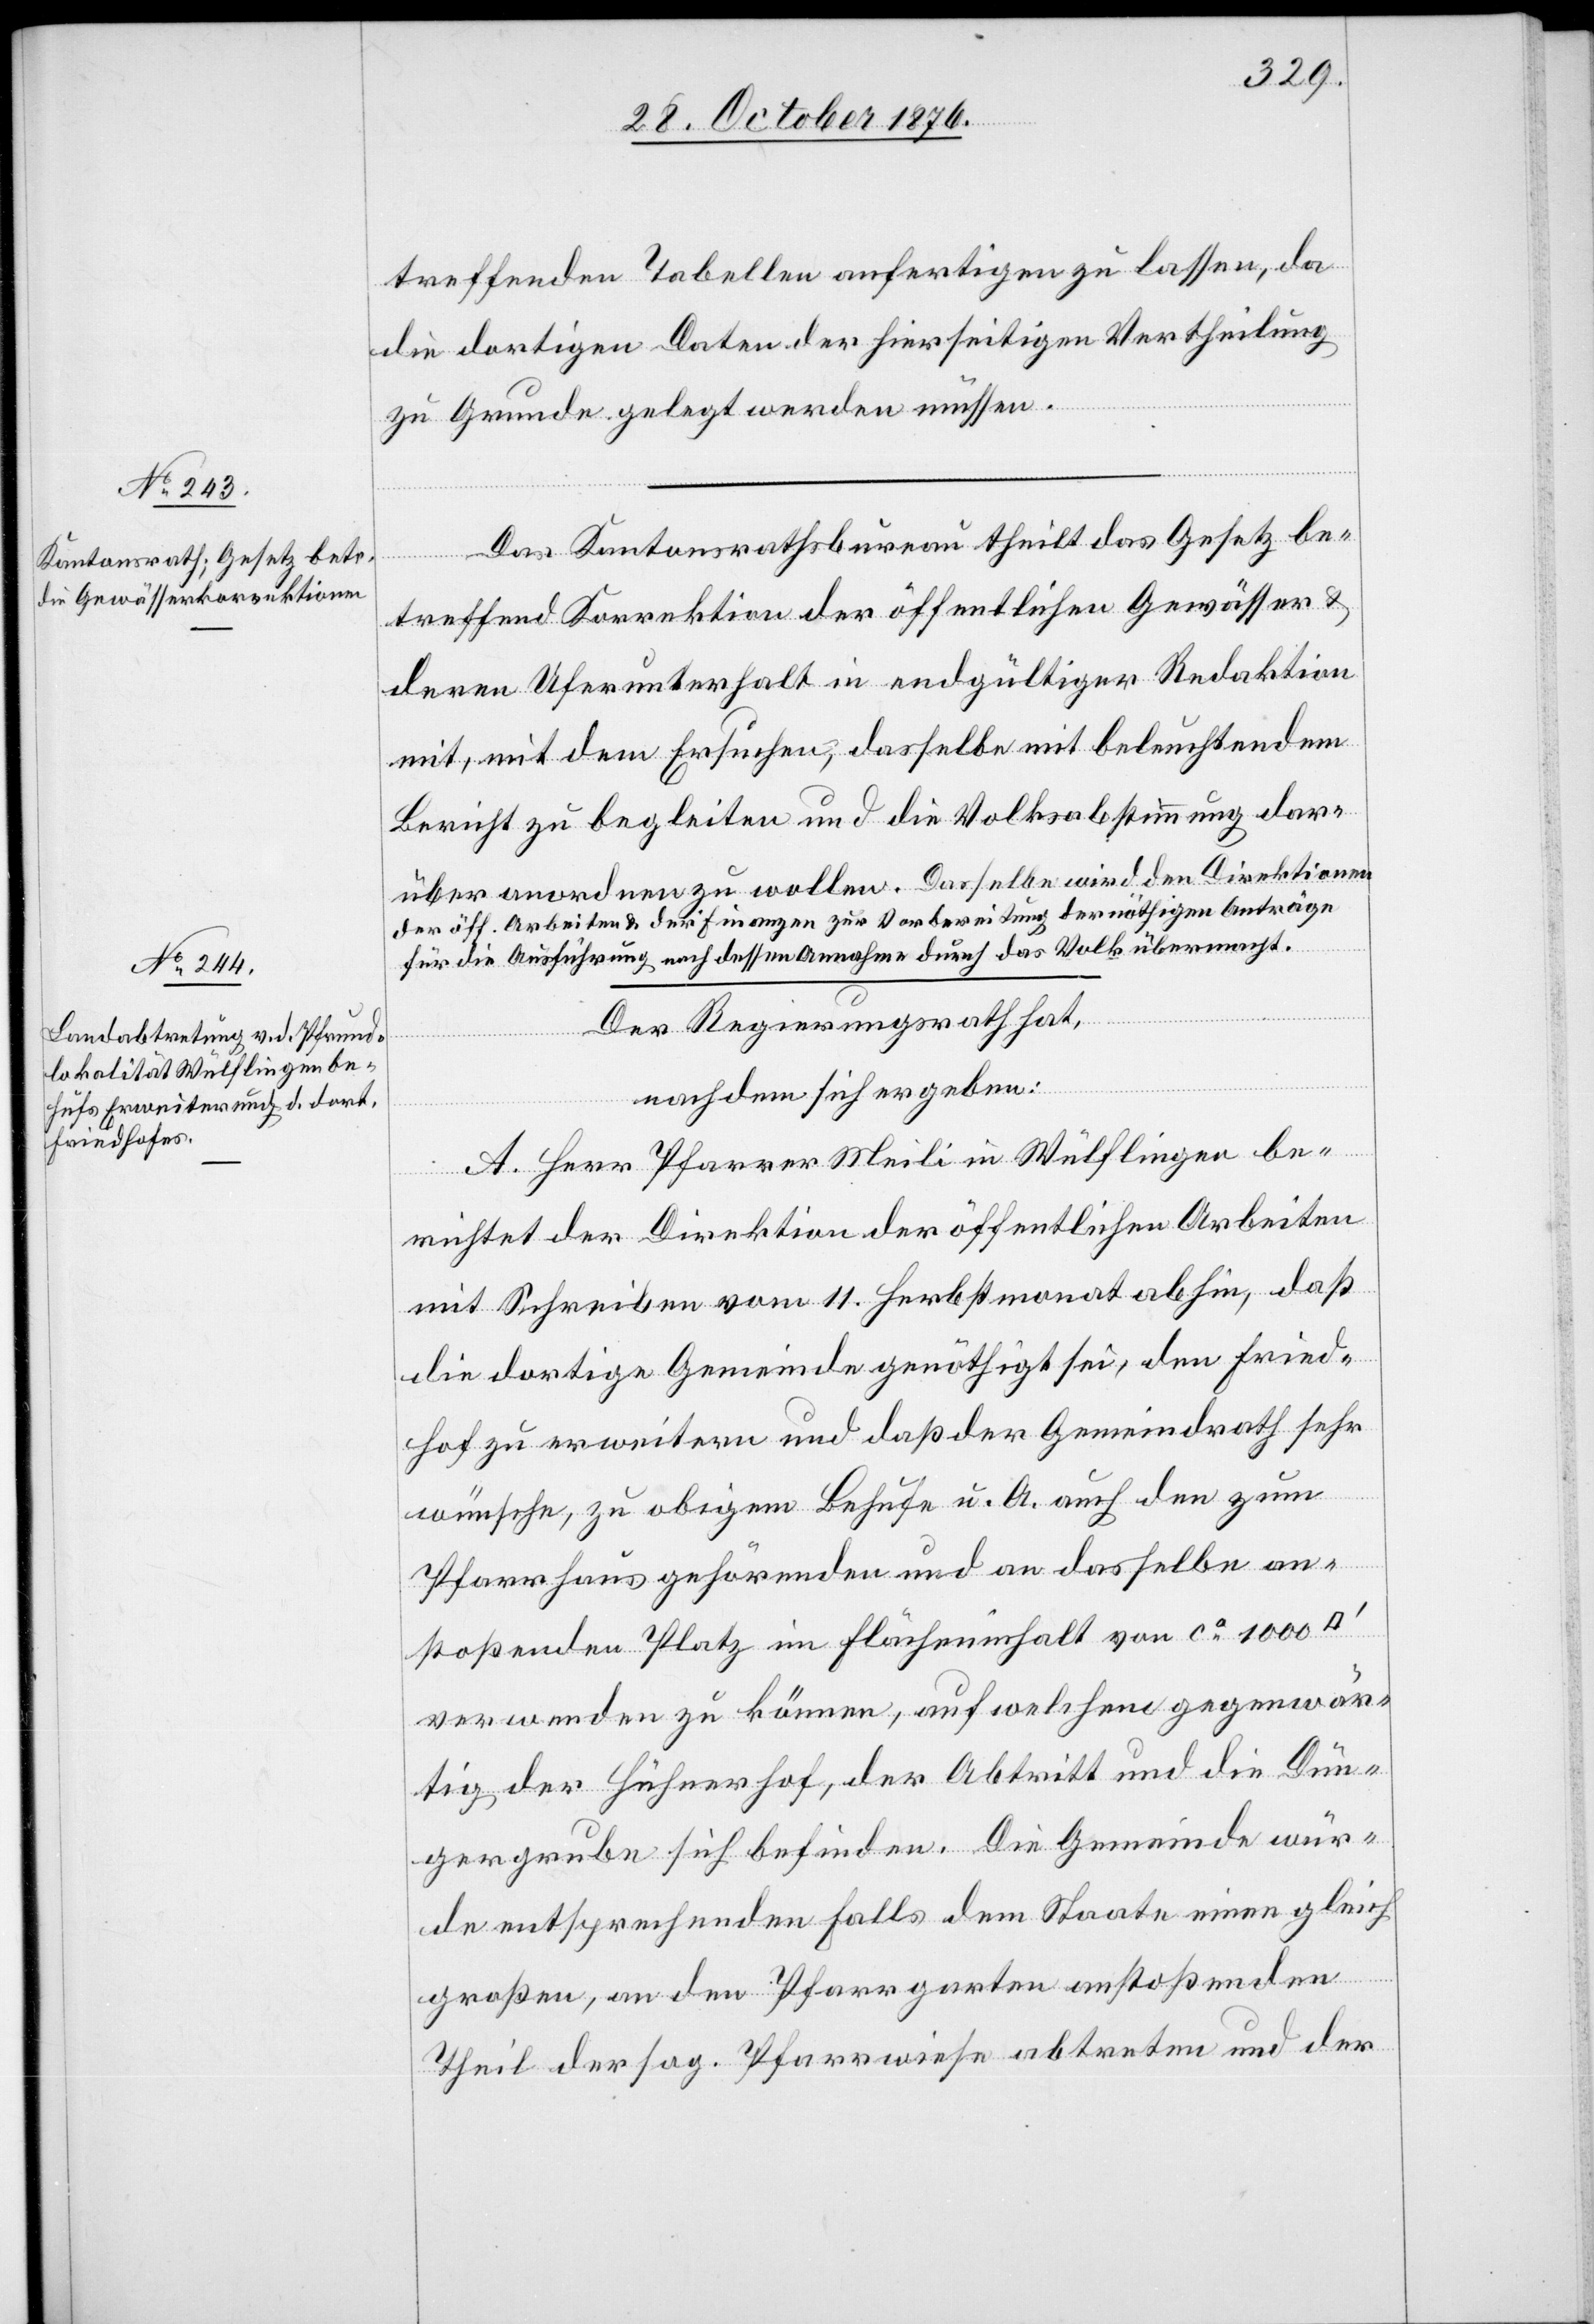
treffenden Tabellen anfertigen zu lassen, da
die dortigen Daten der hierseitigen Vertheilung
zu Grunde gelegt werden müssen.
Das Kantonsrathsbureau theilt das Gesetz be¬
dratfuß]
treffend Korrektion der öffentlichen Gewässer &
deren Uferunterhalt in endgültiger Redaktion
mit, mit dem Ersuchen, dasselbe mit beleuchtendem
Bericht zu begleiten und die Volksabstimmung dar¬
über anordnen zu wollen. a Dasselbe wird den Direktionen
der öff. Arbeiten & der Finanzen zur Vorbereitung der nöthigen Anträge
für die Ausführung nach dessen Annahme durch das Volk übermacht.
Der Regierungsrath hat,
nachdem sich ergeben:
A. Herr Pfarrer Meili in Wülflingen be¬
richtet der Direktion der öffentlichen Arbeiten
mit Schreiben vom 11. Herbstmonat abhin, daß
die dortige Gemeinde genöthigt sei, den Fried¬
hof zu erweitern und daß der Gemeindrath sehr
wünsche, zu obigem Behufe u. A. auch den zum
Pfarrhaus gehörenden und an dasselbe an¬
stoßenden Platz im Flächeninhalt von ca 1000 [Q¬
verwenden zu können, auf welchen gegenwär¬
tig der Hühnerhof, der Abtritt und die Dün¬
gergrube sich befinden. Die Gemeinde wür¬
de entsprechenden Falls dem Staate einen gleich
ua¬
großen, an den Pfarrgarten anstoßenden
Theil der sog. Pfarrwiese abtreten und der